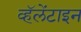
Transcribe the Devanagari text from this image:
व्हॅलेंटाइन